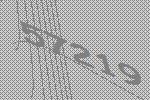
57219